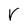
Character: r